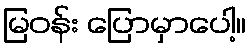
မြဝန်း ပြောမှာပေါ့။